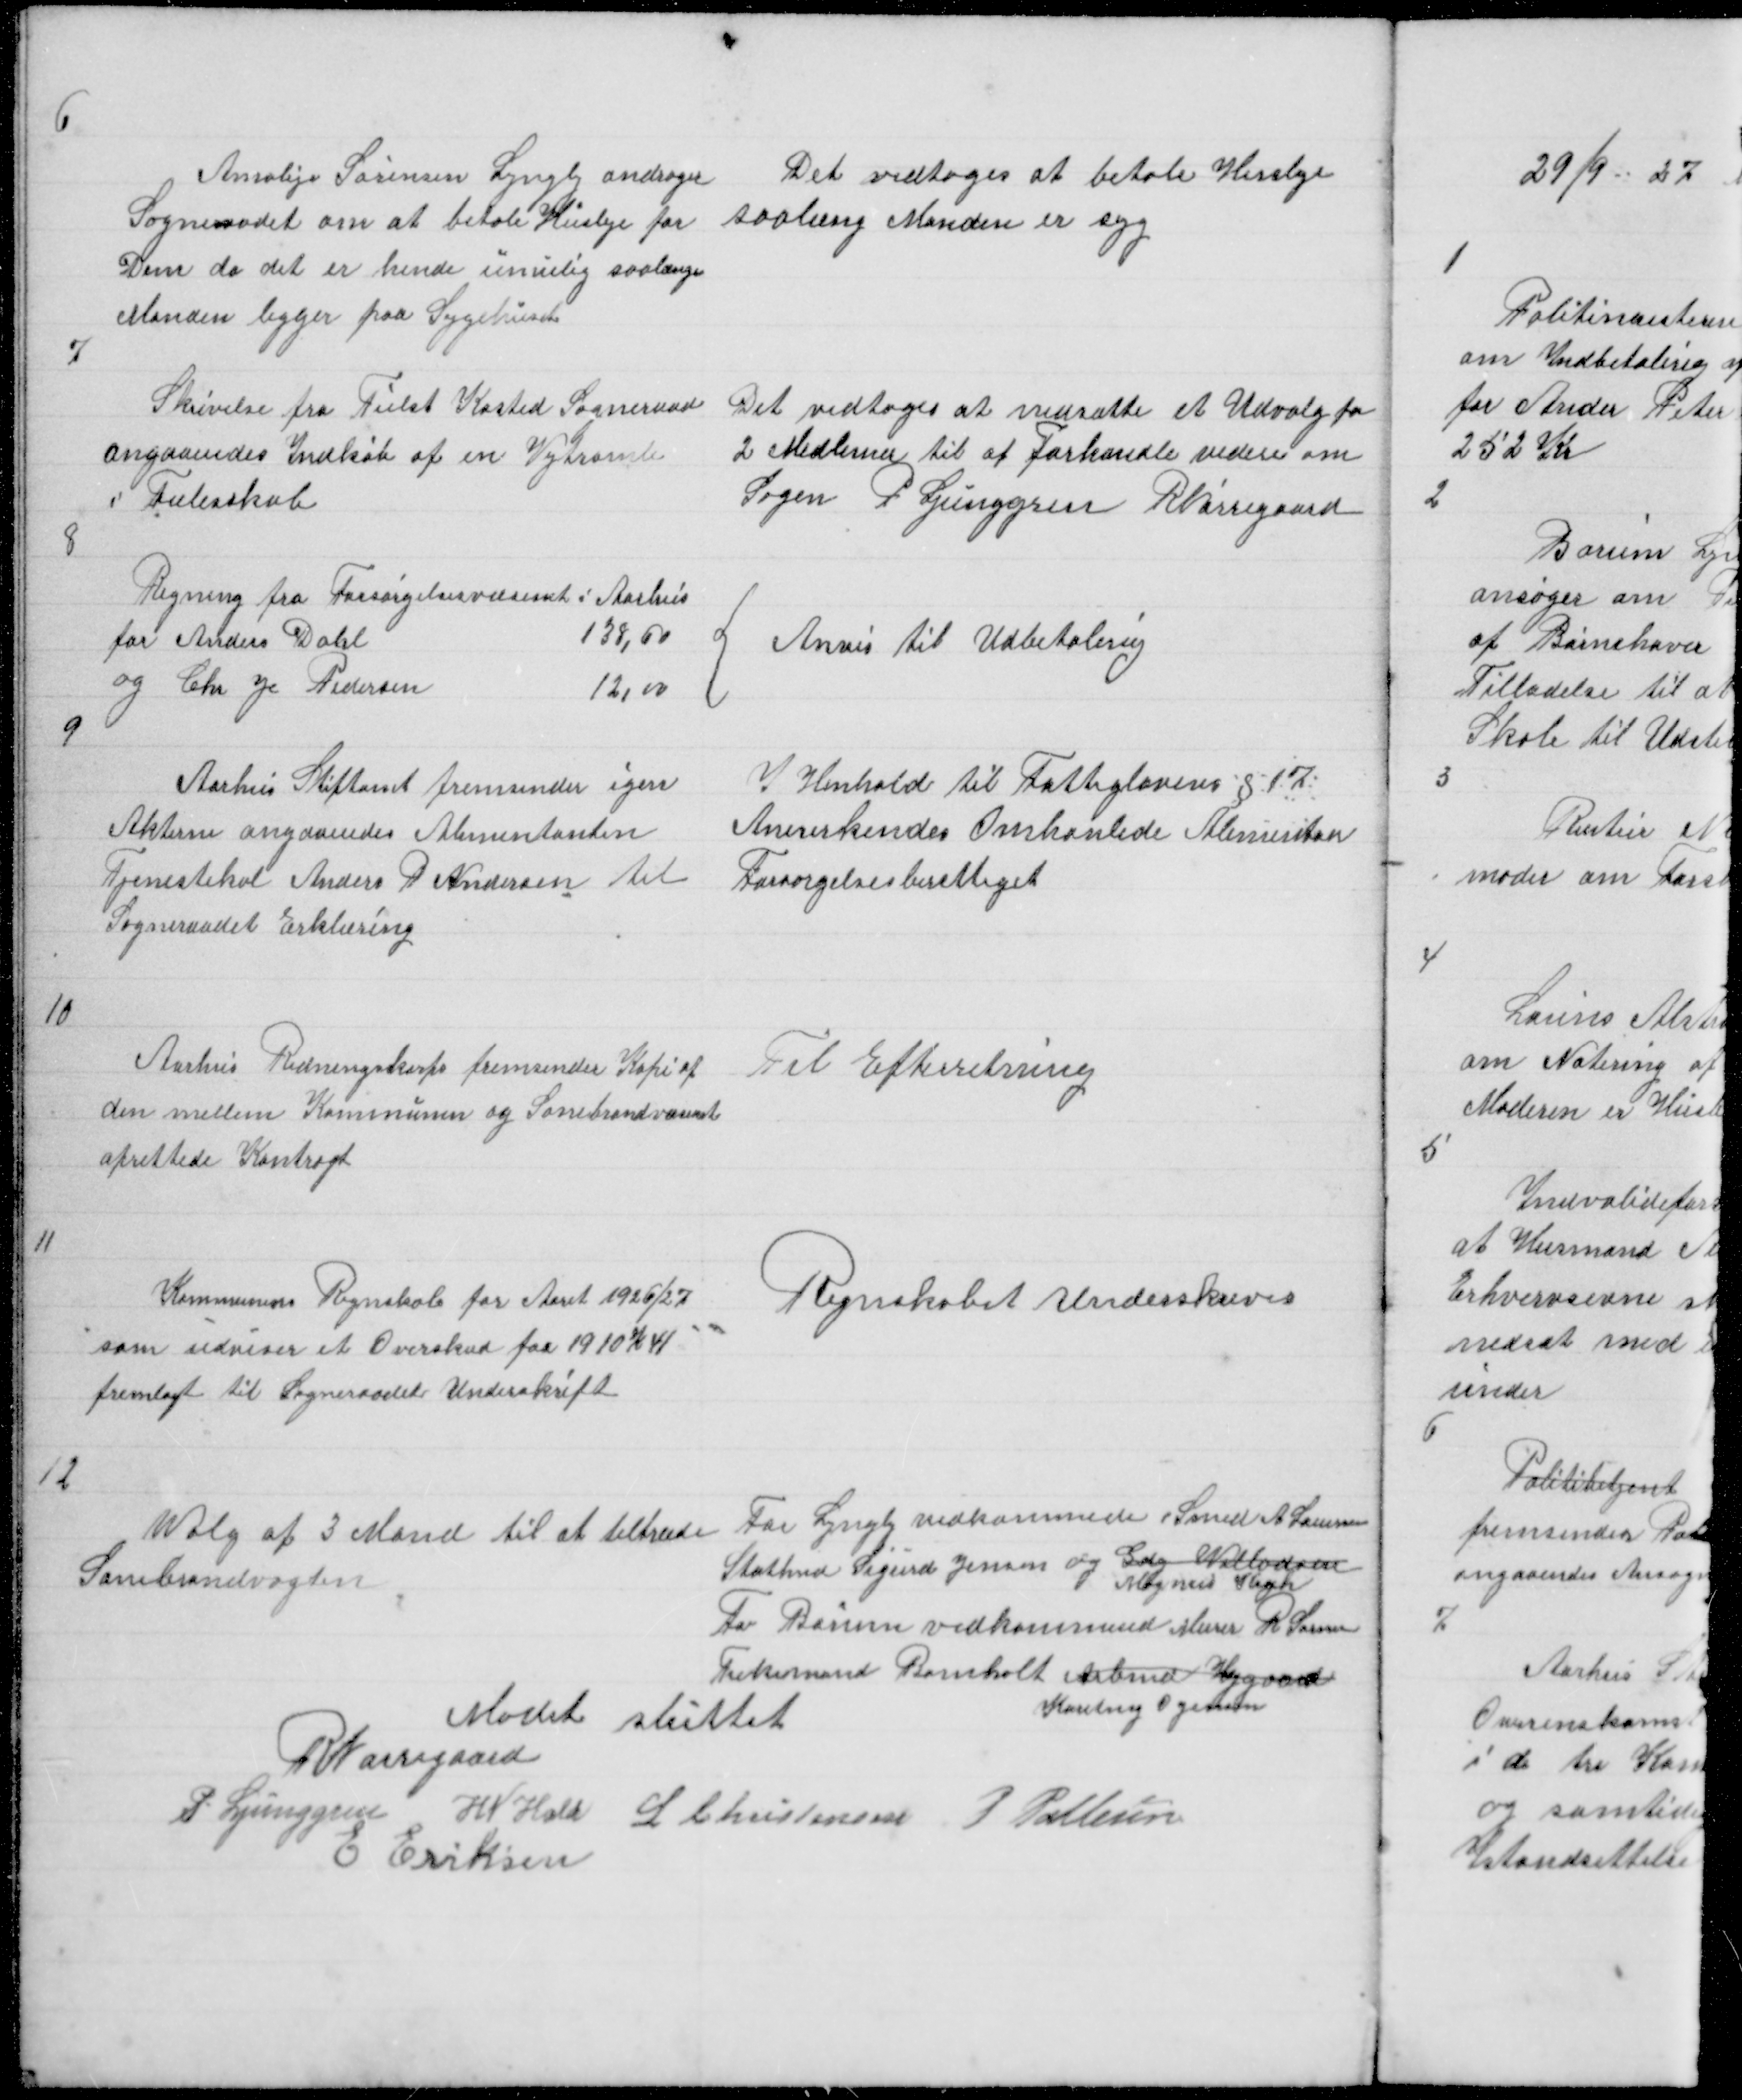
Transskription:
6

Amalije Sørensen Lyngby andrager
Sogneraadet om at betale Husleje for
Dem da det er hende umulig saalænge
Manden ligger paa Sygehuset

Det vedtoges at betale Husleje
saalæng Manden er syg

7

Skrivelse fra Tielst Kasted Sogneraad
angaaendes Indkøb af en Vejtromle
i Fælesskab

Det vedtoges at nedsætte et Udvalg pa
2 Medlemer til at Forhandle videre om
Sagen P Ljunggren R Nørregaard

8

Regning fra Forsørgelsesvæsenet i Aarhus
for Anders Dahl
138,60
og Chr Je Pedersen
12,00

{

Anvis til Udbetaling

9

Aarhus Stiftamt fremsender igen
Akterne angaaendes Alimentanten
Tjenestekal Anders P Andersen til
Sogneraadets Erklæring

I Henhold til Fattiglovens § 17
Anerkendes Omhanlede Alimentan
Forsørgelsesberettiget

10

Aarhus Redningskorps fremsender Kopi af
den mellem Kommunen og Sonebrandvæsenet
oprettede Kontragt

Til Efterretning

11

Kommunens Regnskab for Aaret 1926/27
som udviser et Overskud paa 1910 K 41
fremlagt til Sogneraadet Underskrift

Regnskabet Underskreves

12

Valg af 3 Mand til at tiltræde For Lyngby vedkommende, Smed A Laursen
Sonebrandvagten
Stathmd Sigurd Jensen og Gdej Villadsen
Magnus Krogh
For Borum vedkommende Murer R Laursen
Tækemand Bomholdt Arbmd Hejgaard
Karetmg O Jensen
Mødet sluttet
R Nørregaard
P. Ljunggren H N Hald L Christensen P Pallesen
E Eriksen